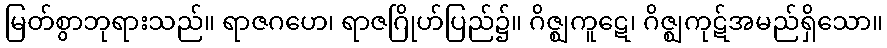
မြတ်စွာဘုရားသည်။ ရာဇဂဟေ၊ ရာဇဂြိုဟ်ပြည်၌။ ဂိဇ္ဈကူဋေ၊ ဂိဇ္ဈကုဋ်အမည်ရှိသော။